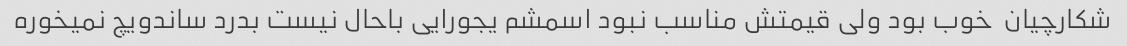
شکارچیان  خوب بود ولی قیمتش مناسب نبود اسمشم یجورایی باحال نیست بدرد ساندویچ نمیخوره